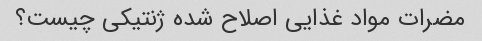
مضرات مواد غذایی اصلاح شده ژنتیکی چیست؟